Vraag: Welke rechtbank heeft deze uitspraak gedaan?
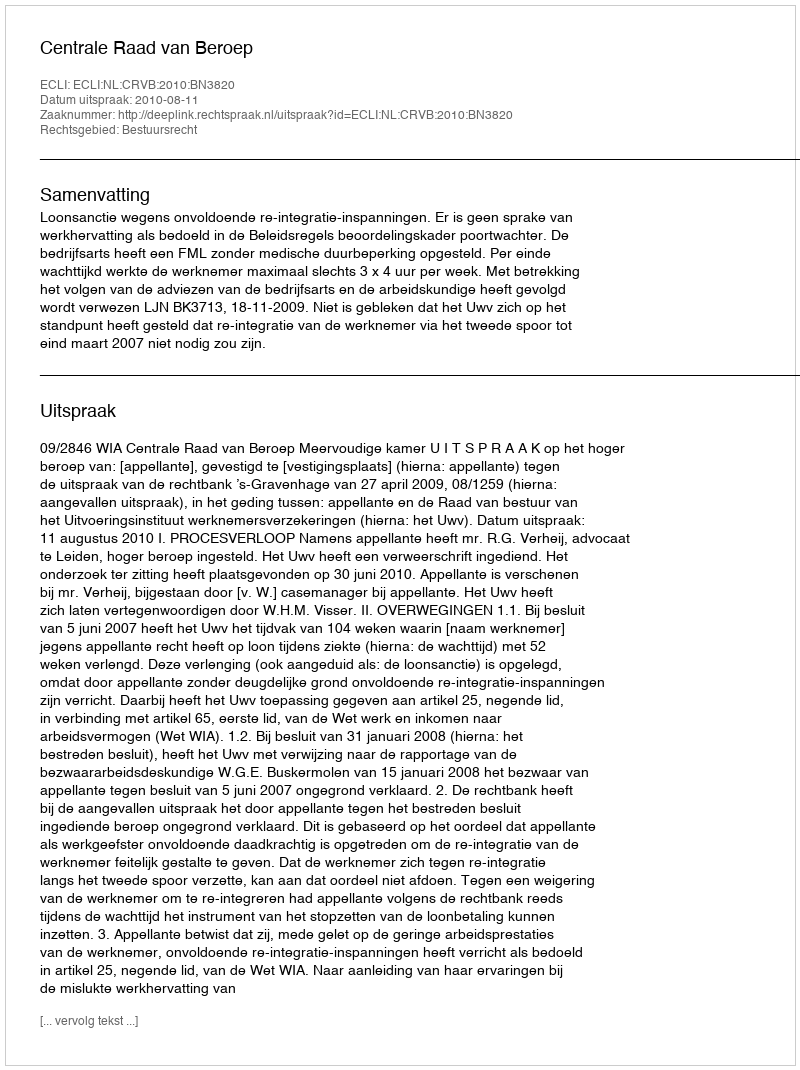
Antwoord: Centrale Raad van Beroep